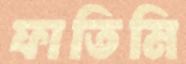
ফাতিমি